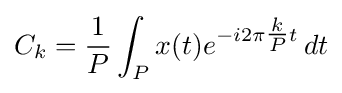
C_{k}={\frac {1}{P}}\int _{P}x(t)e^{-i2\pi {\tfrac {k}{P}}t}\,dt